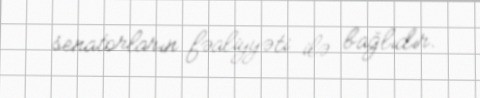
senatorların fəaliyyəti ilə bağlıdır.